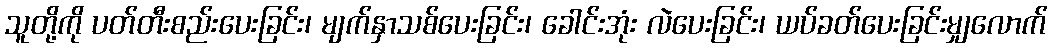
သူတို့ကို ပတ်တီးစည်းပေးခြင်း၊ မျက်နှာသစ်ပေးခြင်း၊ ခေါင်းအုံး လဲပေးခြင်း၊ ယပ်ခတ်ပေးခြင်းမျှလောက်